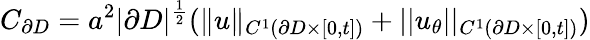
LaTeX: C_{\partial D}=a^{2}|\partial D|^{\frac{1}{2}}(\| u\| _{C^{1}(\partial D\times[0,t])}+||u_{\theta}||_{C^{1}(\partial D\times[0,t])})